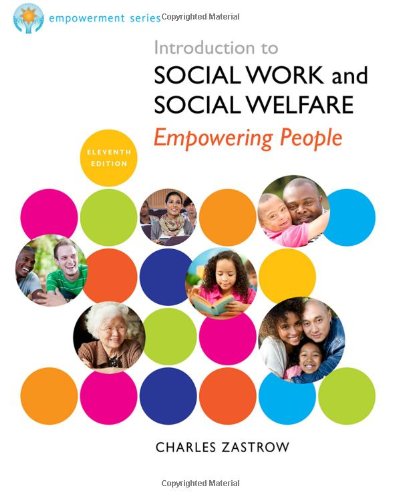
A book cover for Brooks/Cole Empowerment Series: Introduction to Social Work and Social Welfare; Charles Zastrow; Politics & Social Sciences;